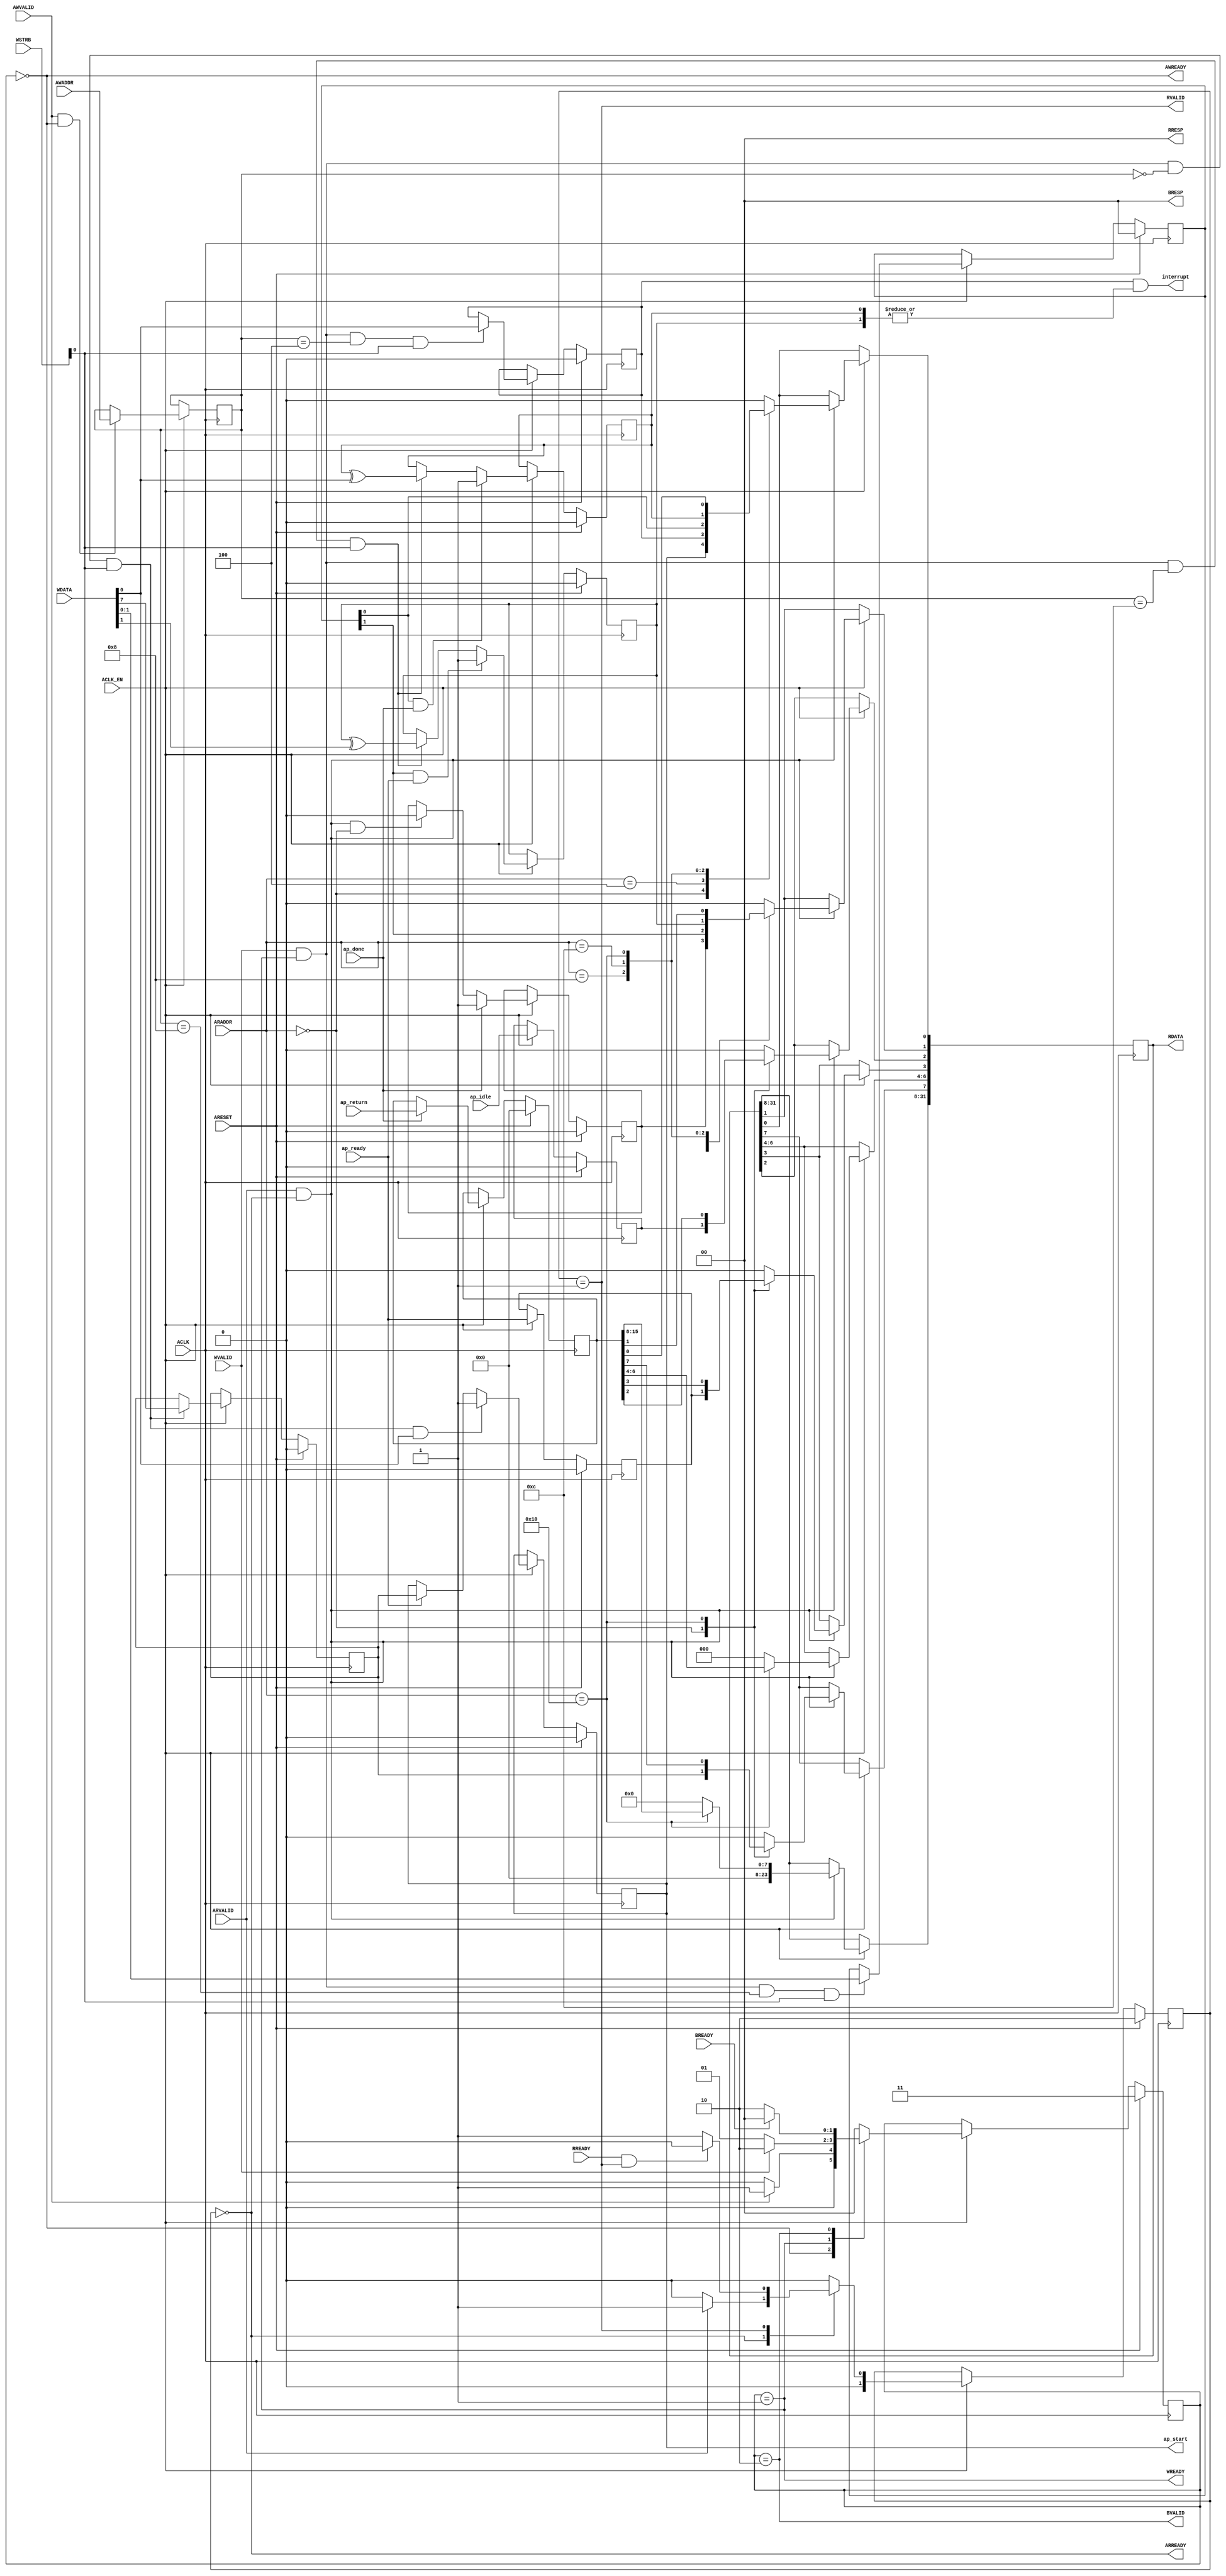
// ==============================================================
// Vitis HLS - High-Level Synthesis from C, C++ and OpenCL v2020.1 (64-bit)
// Copyright 1986-2020 Xilinx, Inc. All Rights Reserved.
// ==============================================================
`timescale 1ns/1ps
module process_element_CTRL_BUS_s_axi
#(parameter
    C_S_AXI_ADDR_WIDTH = 5,
    C_S_AXI_DATA_WIDTH = 32
)(
    input  wire                          ACLK,
    input  wire                          ARESET,
    input  wire                          ACLK_EN,
    input  wire [C_S_AXI_ADDR_WIDTH-1:0] AWADDR,
    input  wire                          AWVALID,
    output wire                          AWREADY,
    input  wire [C_S_AXI_DATA_WIDTH-1:0] WDATA,
    input  wire [C_S_AXI_DATA_WIDTH/8-1:0] WSTRB,
    input  wire                          WVALID,
    output wire                          WREADY,
    output wire [1:0]                    BRESP,
    output wire                          BVALID,
    input  wire                          BREADY,
    input  wire [C_S_AXI_ADDR_WIDTH-1:0] ARADDR,
    input  wire                          ARVALID,
    output wire                          ARREADY,
    output wire [C_S_AXI_DATA_WIDTH-1:0] RDATA,
    output wire [1:0]                    RRESP,
    output wire                          RVALID,
    input  wire                          RREADY,
    output wire                          interrupt,
    output wire                          ap_start,
    input  wire                          ap_done,
    input  wire                          ap_ready,
    input  wire                          ap_idle,
    input  wire [15:0]                   ap_return
);
//------------------------Address Info-------------------
// 0x00 : Control signals
//        bit 0  - ap_start (Read/Write/COH)
//        bit 1  - ap_done (Read/COR)
//        bit 2  - ap_idle (Read)
//        bit 3  - ap_ready (Read)
//        bit 7  - auto_restart (Read/Write)
//        others - reserved
// 0x04 : Global Interrupt Enable Register
//        bit 0  - Global Interrupt Enable (Read/Write)
//        others - reserved
// 0x08 : IP Interrupt Enable Register (Read/Write)
//        bit 0  - enable ap_done interrupt (Read/Write)
//        bit 1  - enable ap_ready interrupt (Read/Write)
//        others - reserved
// 0x0c : IP Interrupt Status Register (Read/TOW)
//        bit 0  - ap_done (COR/TOW)
//        bit 1  - ap_ready (COR/TOW)
//        others - reserved
// 0x10 : Data signal of ap_return
//        bit 15~0 - ap_return[15:0] (Read)
//        others   - reserved
// (SC = Self Clear, COR = Clear on Read, TOW = Toggle on Write, COH = Clear on Handshake)

//------------------------Parameter----------------------
localparam
    ADDR_AP_CTRL     = 5'h00,
    ADDR_GIE         = 5'h04,
    ADDR_IER         = 5'h08,
    ADDR_ISR         = 5'h0c,
    ADDR_AP_RETURN_0 = 5'h10,
    WRIDLE           = 2'd0,
    WRDATA           = 2'd1,
    WRRESP           = 2'd2,
    WRRESET          = 2'd3,
    RDIDLE           = 2'd0,
    RDDATA           = 2'd1,
    RDRESET          = 2'd2,
    ADDR_BITS                = 5;

//------------------------Local signal-------------------
    reg  [1:0]                    wstate = WRRESET;
    reg  [1:0]                    wnext;
    reg  [ADDR_BITS-1:0]          waddr;
    wire [C_S_AXI_DATA_WIDTH-1:0] wmask;
    wire                          aw_hs;
    wire                          w_hs;
    reg  [1:0]                    rstate = RDRESET;
    reg  [1:0]                    rnext;
    reg  [C_S_AXI_DATA_WIDTH-1:0] rdata;
    wire                          ar_hs;
    wire [ADDR_BITS-1:0]          raddr;
    // internal registers
    reg                           int_ap_idle;
    reg                           int_ap_ready;
    reg                           int_ap_done = 1'b0;
    reg                           int_ap_start = 1'b0;
    reg                           int_auto_restart = 1'b0;
    reg                           int_gie = 1'b0;
    reg  [1:0]                    int_ier = 2'b0;
    reg  [1:0]                    int_isr = 2'b0;
    reg  [15:0]                   int_ap_return;

//------------------------Instantiation------------------


//------------------------AXI write fsm------------------
assign AWREADY = (wstate == WRIDLE);
assign WREADY  = (wstate == WRDATA);
assign BRESP   = 2'b00;  // OKAY
assign BVALID  = (wstate == WRRESP);
assign wmask   = { {8{WSTRB[3]}}, {8{WSTRB[2]}}, {8{WSTRB[1]}}, {8{WSTRB[0]}} };
assign aw_hs   = AWVALID & AWREADY;
assign w_hs    = WVALID & WREADY;

// wstate
always @(posedge ACLK) begin
    if (ARESET)
        wstate <= WRRESET;
    else if (ACLK_EN)
        wstate <= wnext;
end

// wnext
always @(*) begin
    case (wstate)
        WRIDLE:
            if (AWVALID)
                wnext = WRDATA;
            else
                wnext = WRIDLE;
        WRDATA:
            if (WVALID)
                wnext = WRRESP;
            else
                wnext = WRDATA;
        WRRESP:
            if (BREADY)
                wnext = WRIDLE;
            else
                wnext = WRRESP;
        default:
            wnext = WRIDLE;
    endcase
end

// waddr
always @(posedge ACLK) begin
    if (ACLK_EN) begin
        if (aw_hs)
            waddr <= AWADDR[ADDR_BITS-1:0];
    end
end

//------------------------AXI read fsm-------------------
assign ARREADY = (rstate == RDIDLE);
assign RDATA   = rdata;
assign RRESP   = 2'b00;  // OKAY
assign RVALID  = (rstate == RDDATA);
assign ar_hs   = ARVALID & ARREADY;
assign raddr   = ARADDR[ADDR_BITS-1:0];

// rstate
always @(posedge ACLK) begin
    if (ARESET)
        rstate <= RDRESET;
    else if (ACLK_EN)
        rstate <= rnext;
end

// rnext
always @(*) begin
    case (rstate)
        RDIDLE:
            if (ARVALID)
                rnext = RDDATA;
            else
                rnext = RDIDLE;
        RDDATA:
            if (RREADY & RVALID)
                rnext = RDIDLE;
            else
                rnext = RDDATA;
        default:
            rnext = RDIDLE;
    endcase
end

// rdata
always @(posedge ACLK) begin
    if (ACLK_EN) begin
        if (ar_hs) begin
            rdata <= 'b0;
            case (raddr)
                ADDR_AP_CTRL: begin
                    rdata[0] <= int_ap_start;
                    rdata[1] <= int_ap_done;
                    rdata[2] <= int_ap_idle;
                    rdata[3] <= int_ap_ready;
                    rdata[7] <= int_auto_restart;
                end
                ADDR_GIE: begin
                    rdata <= int_gie;
                end
                ADDR_IER: begin
                    rdata <= int_ier;
                end
                ADDR_ISR: begin
                    rdata <= int_isr;
                end
                ADDR_AP_RETURN_0: begin
                    rdata <= int_ap_return[15:0];
                end
            endcase
        end
    end
end


//------------------------Register logic-----------------
assign interrupt = int_gie & (|int_isr);
assign ap_start  = int_ap_start;
// int_ap_start
always @(posedge ACLK) begin
    if (ARESET)
        int_ap_start <= 1'b0;
    else if (ACLK_EN) begin
        if (w_hs && waddr == ADDR_AP_CTRL && WSTRB[0] && WDATA[0])
            int_ap_start <= 1'b1;
        else if (ap_ready)
            int_ap_start <= int_auto_restart; // clear on handshake/auto restart
    end
end

// int_ap_done
always @(posedge ACLK) begin
    if (ARESET)
        int_ap_done <= 1'b0;
    else if (ACLK_EN) begin
        if (ap_done)
            int_ap_done <= 1'b1;
        else if (ar_hs && raddr == ADDR_AP_CTRL)
            int_ap_done <= 1'b0; // clear on read
    end
end

// int_ap_idle
always @(posedge ACLK) begin
    if (ARESET)
        int_ap_idle <= 1'b0;
    else if (ACLK_EN) begin
            int_ap_idle <= ap_idle;
    end
end

// int_ap_ready
always @(posedge ACLK) begin
    if (ARESET)
        int_ap_ready <= 1'b0;
    else if (ACLK_EN) begin
            int_ap_ready <= ap_ready;
    end
end

// int_auto_restart
always @(posedge ACLK) begin
    if (ARESET)
        int_auto_restart <= 1'b0;
    else if (ACLK_EN) begin
        if (w_hs && waddr == ADDR_AP_CTRL && WSTRB[0])
            int_auto_restart <=  WDATA[7];
    end
end

// int_gie
always @(posedge ACLK) begin
    if (ARESET)
        int_gie <= 1'b0;
    else if (ACLK_EN) begin
        if (w_hs && waddr == ADDR_GIE && WSTRB[0])
            int_gie <= WDATA[0];
    end
end

// int_ier
always @(posedge ACLK) begin
    if (ARESET)
        int_ier <= 1'b0;
    else if (ACLK_EN) begin
        if (w_hs && waddr == ADDR_IER && WSTRB[0])
            int_ier <= WDATA[1:0];
    end
end

// int_isr[0]
always @(posedge ACLK) begin
    if (ARESET)
        int_isr[0] <= 1'b0;
    else if (ACLK_EN) begin
        if (int_ier[0] & ap_done)
            int_isr[0] <= 1'b1;
        else if (w_hs && waddr == ADDR_ISR && WSTRB[0])
            int_isr[0] <= int_isr[0] ^ WDATA[0]; // toggle on write
    end
end

// int_isr[1]
always @(posedge ACLK) begin
    if (ARESET)
        int_isr[1] <= 1'b0;
    else if (ACLK_EN) begin
        if (int_ier[1] & ap_ready)
            int_isr[1] <= 1'b1;
        else if (w_hs && waddr == ADDR_ISR && WSTRB[0])
            int_isr[1] <= int_isr[1] ^ WDATA[1]; // toggle on write
    end
end

// int_ap_return
always @(posedge ACLK) begin
    if (ARESET)
        int_ap_return <= 0;
    else if (ACLK_EN) begin
        if (ap_done)
            int_ap_return <= ap_return;
    end
end


//------------------------Memory logic-------------------

endmodule